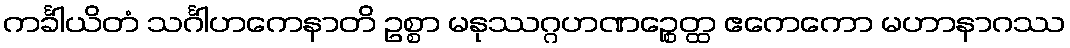
ကင်္ခါယိတံ သင်္ဂါဟကေနာတိ ဥစ္စာ မနုဿဂ္ဂဟဏဉ္စေတ္ထ ဧကေကော မဟာနာဂဿ